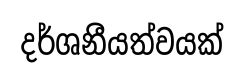
දර්ශනීයත්වයක්